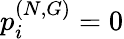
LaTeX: p_{i}^{(N,G)}=0